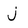
Character: j